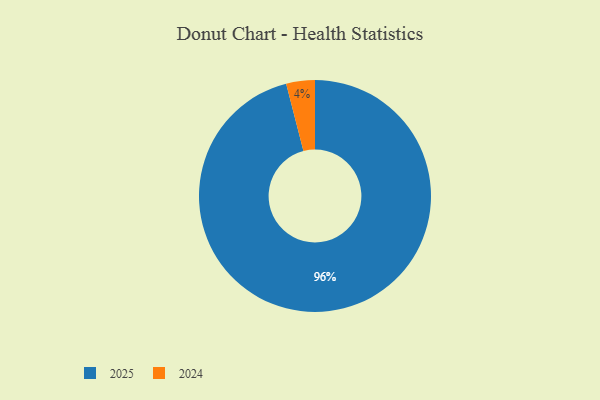
{"axis": {"x": "Category", "y": "Percentage"}, "legend": ["2024", "2025"], "data": [{"x": "2024", "y": 4, "type": "2024"}, {"x": "2025", "y": 96, "type": "2025"}]}